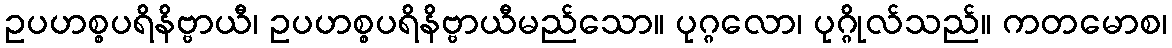
ဥပဟစ္စပရိနိဗ္ဗာယီ၊ ဥပဟစ္စပရိနိဗ္ဗာယီမည်သော။ ပုဂ္ဂလော၊ ပုဂ္ဂိုလ်သည်။ ကတမောစ၊